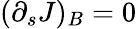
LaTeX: (\partial_{s}J)_{B}=0